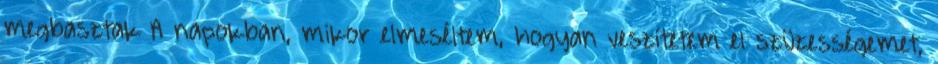
megbasztak A napokban, mikor elmeséltem, hogyan veszítetem el szüzességemet,